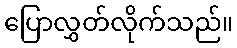
ပြောလွှတ်လိုက်သည်။